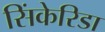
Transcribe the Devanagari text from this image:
सिंकेरिडा